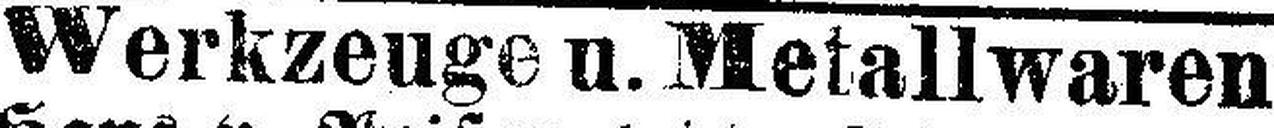
Werkzeuge u. Metallwaren